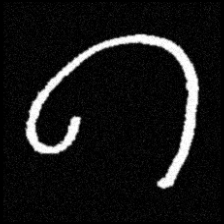
Pyu character \u2014 Myanmar letter: ဂ (romanized: ga)